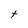
Character: t